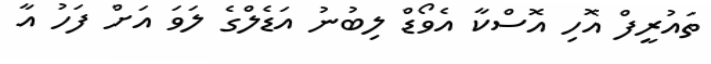
ތައުރީފް އޮހި އޮސްކާ އެވޯޑް ލިބުނު އަޑެލްގެ ލަވަ އަށް ފަހު އާ